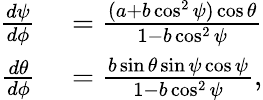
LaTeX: \begin{array}{rl}{\frac{d\psi}{d\phi}}&{{}=\frac{(a+b\cos^{2}\psi)\cos\theta}{1-b\cos^{2}\psi}}\\ {\frac{d\theta}{d\phi}}&{{}=\frac{b\sin\theta\sin\psi\cos\psi}{1-b\cos^{2}\psi},}\end{array}